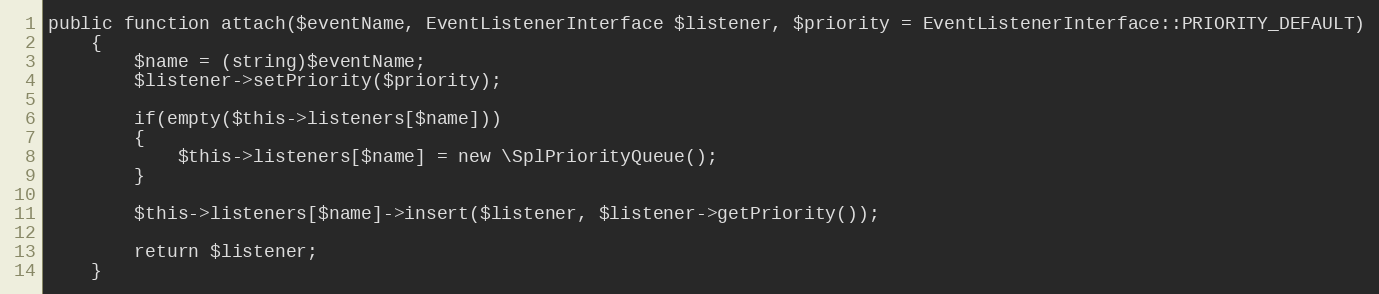
Language: PHP
public function attach($eventName, EventListenerInterface $listener, $priority = EventListenerInterface::PRIORITY_DEFAULT)
	{
		$name = (string)$eventName;
		$listener->setPriority($priority);

		if(empty($this->listeners[$name]))
		{
			$this->listeners[$name] = new \SplPriorityQueue();
		}

		$this->listeners[$name]->insert($listener, $listener->getPriority());

		return $listener;
	}